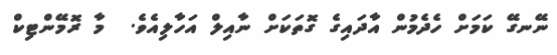
ނޭނގޭ ކަމަށް ހެދެމުން އާދައިގެ ގޮތަކަށް ނާއިލް އަހާލިއެވެ.  މާ ރޮމޭންޓިކް